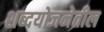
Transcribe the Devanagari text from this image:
शब्दयोजनेतील